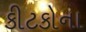
કીટકોના